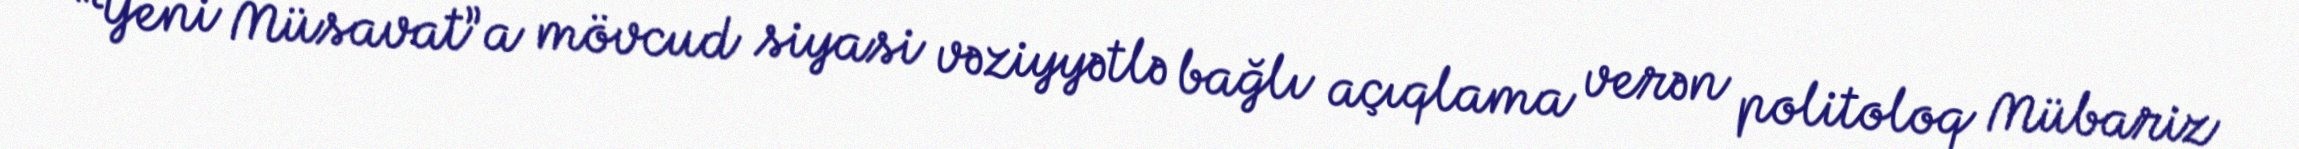
“Yeni Müsavat”a mövcud siyasi vəziyyətlə bağlı açıqlama verən politoloq Mübariz